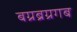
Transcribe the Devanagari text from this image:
बग्रब्रग्रगब